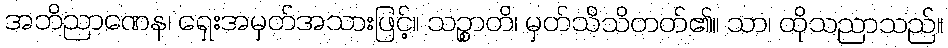
အဘိညာဏေန၊ ရှေးအမှတ်အသားဖြင့်။ သဉ္စာတိ၊ မှတ်သိသိတတ်၏။ သာ၊ ထိုသညာသည်။